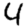
Digit: 4